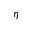
\eta